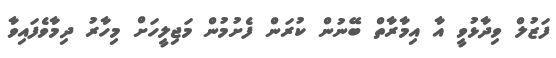
ފަޒުލް ވިދާޅުވީ އާ އިމާރާތް ބޭނުން ކުރަން ފެށުމުން މަޖިލީހަށް މިހާރު ދިމާވެފައިވާ